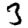
Digit: 3